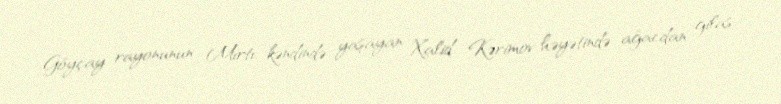
Göyçay rayonunun Mırtı kəndində yaşayan Xalid Kərimov həyətində ağacdan gilas